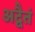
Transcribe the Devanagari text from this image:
अद्वैतं